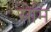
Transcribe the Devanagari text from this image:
सेमि